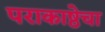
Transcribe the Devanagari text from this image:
पराकाष्ठेचा